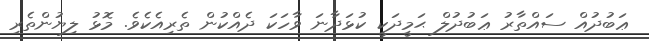
ޢަބުދުއް ސައްތާރު ޢަބުދުލް ޙަމީދަކީ ކުޅަދާނަ ވާހަކަ ދެއްކުން ތެރިއެކެވެ. މޮޅު ލިޔުންތެރި